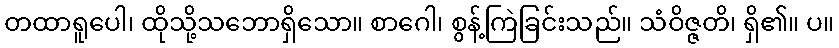
တထာရူပေါ၊ ထိုသို့သဘောရှိသော။ စာဂေါ၊ စွန့်ကြဲခြင်းသည်။ သံဝိဇ္ဇတိ၊ ရှိ၏။ ပ။